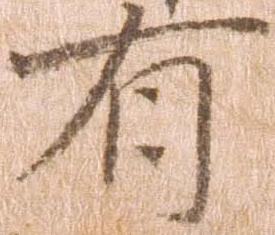
有